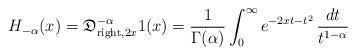
LaTeX: \begin{align*}H_{-\alpha}(x)= \mathfrak{D}^{-\alpha}_{{\rm right},2x}1(x)=\frac1{\Gamma(\alpha)}\int_0^\infty e^{-2xt-t^2}\,\frac{dt}{t^{1-\alpha}} \end{align*}